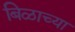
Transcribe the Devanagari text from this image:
बिळाच्या